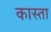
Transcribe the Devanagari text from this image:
कास्ता